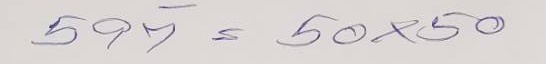
597 = 50 x 50